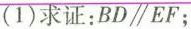
(1)求证：$$BD\parallel EF$$；